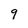
Character: 9